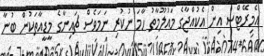
އެމިރޭޓްސް އިން އެކުއްޖާގެ މައުލޫމާތު ހާމަ ނުކުރި ނަމަވެސް ޗައިނާގެ މީޑީއާތަކުން ބުނާ